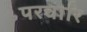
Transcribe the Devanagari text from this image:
परचारि